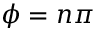
\phi = n \pi